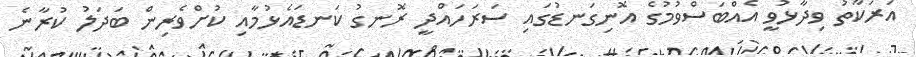
އަރަކާތު ވިދާޅުވީ އެއްބަސްވުމުގެ އޮނިގަނޑުގައި ސަރަހައްދީ ރޮނގު ކަނޑައެޅުމާއި ކުށްވެރިން ބަދަލު ކުރާނެ